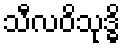
သီလဝိသုဒ္ဓိ